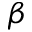
\beta